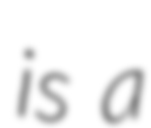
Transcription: is a